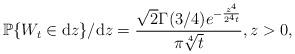
LaTeX: \begin{align*}\mathbb{P}\{W_t\in \mathrm{d}z\} / \mathrm dz= \frac{\sqrt{2}\Gamma(3/4)e^{-\frac{z^4}{2^4 t}}}{\pi\sqrt[4]{t}}, z>0,\end{align*}